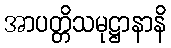
အာပတ္တိသမုဋ္ဌာနာနိ